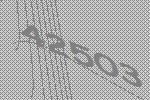
42503